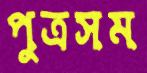
পুত্রসম